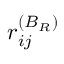
r _ { i j } ^ { ( B _ { R } ) }